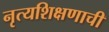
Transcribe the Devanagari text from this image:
नृत्यशिक्षणाची